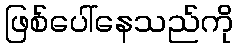
ဖြစ်ပေါ်နေသည်ကို